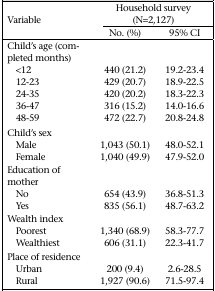
<table><thead><tr><td rowspan="2"><b>Variable</b></td><td colspan="3"><b>Household survey (N=2,127)</b></td></tr><tr><td><b>No. (%)</b></td><td><b>95% CI</b></td></tr></thead><tbody><tr><td colspan="3">Child&#x27;s age (completed months)</td></tr><tr><td>&lt;12</td><td>440 (21.2)</td><td>19.2-23.4</td></tr><tr><td>12-23</td><td>429 (20.7)</td><td>18.9-22.5</td></tr><tr><td>24-35</td><td>420 (20.2)</td><td>18.3-22.3</td></tr><tr><td>36-47</td><td>316 (15.2)</td><td>14.0-16.6</td></tr><tr><td>48-59</td><td>472 (22.7)</td><td>20.8-24.8</td></tr><tr><td colspan="3">Child&#x27;s sex</td></tr><tr><td>Male</td><td>1,043 (50.1)</td><td>48.0-52.1</td></tr><tr><td>Female</td><td>1,040 (49.9)</td><td>47.9-52.0</td></tr><tr><td colspan="3">Education of mother</td></tr><tr><td>No</td><td>654 (43.9)</td><td>36.8-51.3</td></tr><tr><td>Yes</td><td>835 (56.1)</td><td>48.7-63.2</td></tr><tr><td colspan="3">Wealth index</td></tr><tr><td>Poorest</td><td>1,340 (68.9)</td><td>58.3-77.7</td></tr><tr><td>Wealthiest</td><td>606 (31.1)</td><td>22.3-41.7</td></tr><tr><td colspan="3">Place of residence</td></tr><tr><td>Urban</td><td>200 (9.4)</td><td>2.6-28.5</td></tr><tr><td>Rural</td><td>1,927 (90.6)</td><td>71.5-97.4</td></tr></tbody></table>